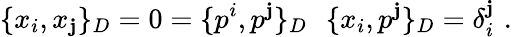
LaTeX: \{ x_{i},x_{\mathbf{j}}\} _{D}=0=\{ p^{i},p^{\mathbf{j}}\} _{D}\, \, \, \, \{ x_{i},p^{\mathbf{j}}\} _{D}=\delta_{i}^{\mathbf{j}}\, \, .